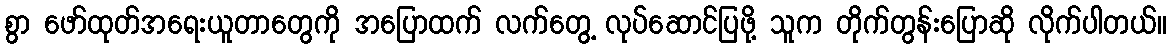
စွာ ဖော်ထုတ်အရေးယူတာတွေကို အပြောထက် လက်တွေ့ လုပ်ဆောင်ပြဖို့ သူက တိုက်တွန်းပြောဆို လိုက်ပါတယ်။